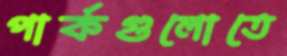
পার্কগুলোতে